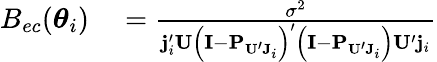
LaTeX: \begin{array}{rl}{B_{ec}(\boldsymbol\theta_{i})}&{{}=\frac{\sigma^{2}}{\mathbf{j}_{i}^{\prime}\mathbf{U}\left(\mathbf{I}-\mathbf{P}_{\mathbf{U}^{\prime}\mathbf{J}_{i}}\right)^{\prime}\left(\mathbf{I}-\mathbf{P}_{\mathbf{U}^{\prime}\mathbf{J}_{i}}\right)\mathbf{U}^{\prime}\mathbf{j}_{i}}}\end{array}